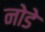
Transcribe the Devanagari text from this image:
नोडे